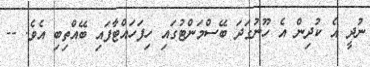
ނުދީ އެ ކުދިން އެ ހޫނުގަދަ ބޭސްމަންޓުގައި ހިފަހައްޓާފައި ބޭއްތިބި އެވެ. --